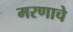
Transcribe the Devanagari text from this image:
मरणाचे